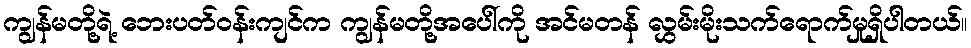
ကျွန်မတို့ရဲ့ ဘေးပတ်ဝန်းကျင်က ကျွန်မတို့အပေါ်ကို အင်မတန် လွှမ်းမိုးသက်ရောက်မှုရှိပါတယ်။